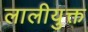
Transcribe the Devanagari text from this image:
लालीयुक्त